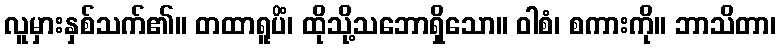
လူမှားနှစ်သက်၏။ တထာရူပိံ၊ ထိုသို့သဘောရှိသော။ ဝါစံ၊ စကားကို။ ဘာသိတာ၊